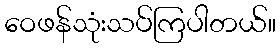
ဝေဖန်သုံးသပ်ကြပါတယ်။